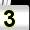
Digit: 3